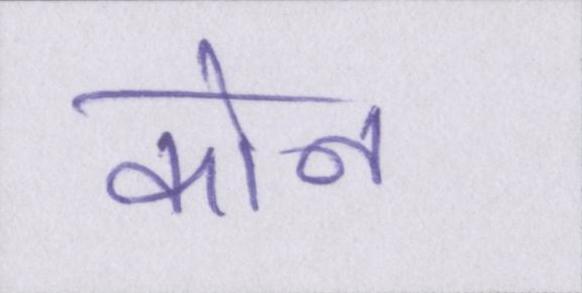
कोन